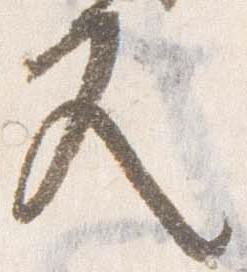
又